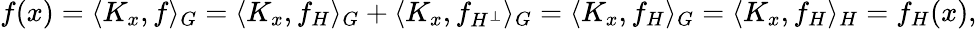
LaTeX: f(x)=\langle K_{x},f\rangle_{G}=\langle K_{x},f_{H}\rangle_{G}+\langle K_{x},f_{H^{\bot}}\rangle_{G}=\langle K_{x},f_{H}\rangle_{G}=\langle K_{x},f_{H}\rangle_{H}=f_{H}(x),